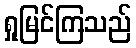
ရှုမြင်ကြသည်